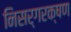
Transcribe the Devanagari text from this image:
निसर्गरक्षण